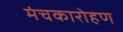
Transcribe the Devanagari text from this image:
मंचकारोहण